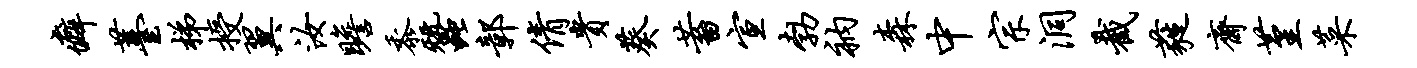
癖薹梯授翼汝瞻黍蚕鄣倩贵葵蓄宣勃衲森中宗洞截蕤斋堇菜